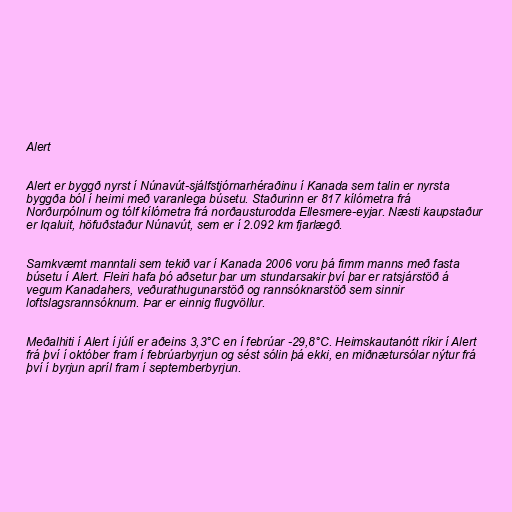
Alert

Alert er byggð nyrst í Núnavút-sjálfstjórnarhéraðinu í Kanada sem talin er nyrsta
byggða ból í heimi með varanlega búsetu. Staðurinn er 817 kílómetra frá
Norðurpólnum og tólf kílómetra frá norðausturodda Ellesmere-eyjar. Næsti kaupstaður
er Iqaluit, höfuðstaður Núnavút, sem er í 2.092 km fjarlægð.

Samkvæmt manntali sem tekið var í Kanada 2006 voru þá fimm manns með fasta
búsetu í Alert. Fleiri hafa þó aðsetur þar um stundarsakir því þar er ratsjárstöð á
vegum Kanadahers, veðurathugunarstöð og rannsóknarstöð sem sinnir
loftslagsrannsóknum. Þar er einnig flugvöllur.

Meðalhiti í Alert í júlí er aðeins 3,3°C en í febrúar -29,8°C. Heimskautanótt ríkir í Alert
frá því í október fram í febrúarbyrjun og sést sólin þá ekki, en miðnætursólar nýtur frá
því í byrjun apríl fram í septemberbyrjun.